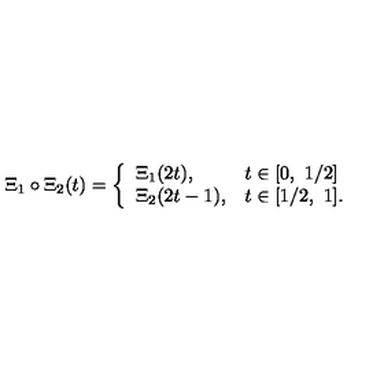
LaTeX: \Xi _ { 1 } \circ \Xi _ { 2 } ( t ) = \left\{ \begin{array} { l l } { \Xi _ { 1 } ( 2 t ) , } & { t \in [ 0 , \ 1 / 2 ] } \\ { \Xi _ { 2 } ( 2 t - 1 ) , } & { t \in [ 1 / 2 , \ 1 ] . } \\ \end{array} \right.